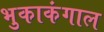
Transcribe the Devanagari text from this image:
भुकाकंगाल